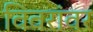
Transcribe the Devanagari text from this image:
विवरांवर